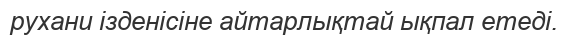
рухани ізденісіне айтарлықтай ықпал етеді.